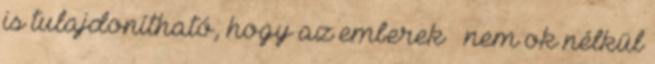
is tulajdonítható, hogy az emberek – nem ok nélkül